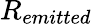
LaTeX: R_{emitted}